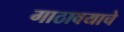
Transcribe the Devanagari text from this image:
गाठावयाचे